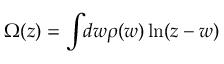
\Omega ( z ) = \int _ { \c C } d w \rho ( w ) \ln ( z - w )